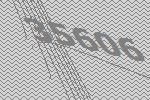
35606